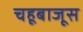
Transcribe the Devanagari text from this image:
चहूबाजूस